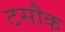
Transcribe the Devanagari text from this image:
टसौक